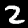
Label: 2